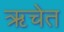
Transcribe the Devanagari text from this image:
ऋचेत